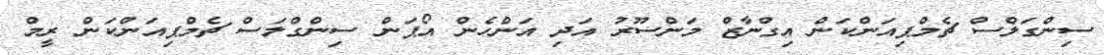
ސިންގަލްސް ޗެމްޕިއަންކަން އިގްނާޒް މަންސޫރު އަދި އަންހެން އޯޕަން ސިންގްލަސް ޗެމްޕިއަންކަން ރީމް